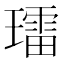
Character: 𱯩